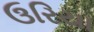
ઉરિયા